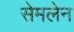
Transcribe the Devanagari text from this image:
सेमलेन